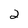
Character: 2